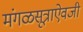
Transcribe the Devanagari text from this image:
मंगळसूत्राऐवजी